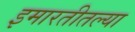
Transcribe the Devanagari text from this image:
इमारतीतल्या